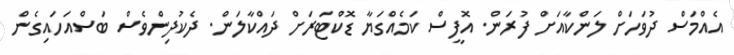
އެއްމަސް ދުވަހަށް ލަންކާއަށް ފުރަން. އޮފީސް ކަމެއްގަޔާ ޑޮކްޓަރަށް ދައްކާލަން. ދެކުދިންވެސް ބަސްއަހައިގެން